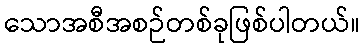
သောအစီအစဉ်တစ်ခုဖြစ်ပါတယ်။